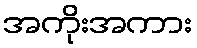
အကိုးအကား